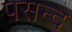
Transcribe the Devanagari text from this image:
पसन्‍द